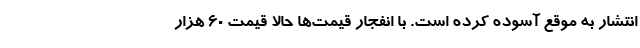
انتشار به موقع آسوده کرده است. با انفجار قیمت‌ها حالا قیمت 60 هزار